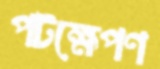
পটক্ষেপণ